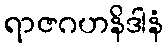
ရာဇဂဟနိဒါနံ